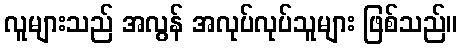
လူများသည် အလွန် အလုပ်လုပ်သူများ ဖြစ်သည်။